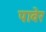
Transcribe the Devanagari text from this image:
पावेर